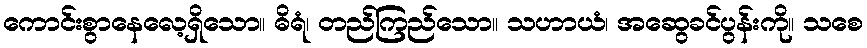
ကောင်းစွာနေလေ့ရှိသော။ ဓိရံ၊ တည်ကြည်သော။ သဟာယံ၊ အဆွေခင်ပွန်းကို။ သစေ